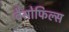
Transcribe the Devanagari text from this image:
बैसोफिल्स